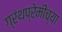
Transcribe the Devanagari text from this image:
ग्रंथप्रेमींच्या